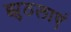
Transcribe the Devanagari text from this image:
झुठलाएं